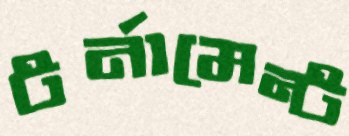
টর্নামেন্ট